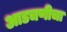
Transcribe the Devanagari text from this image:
आडचणीचा